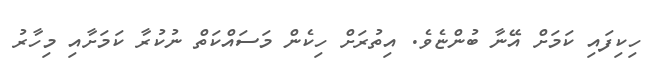
ހިކިފައި ކަމަށް އޭނާ ބުންޏެވެ. އިތުރަށް ހިކެން މަސައްކަތް ނުކުރާ ކަމަށާއި މިހާރު